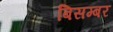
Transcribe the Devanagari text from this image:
बिसम्बर